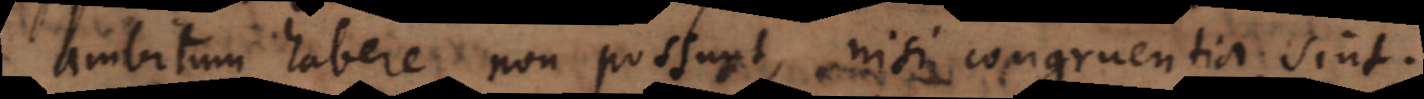
ambitum habere non possunt, nisi congruentia sint.